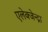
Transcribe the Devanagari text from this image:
एलेक्जेन्द्रा